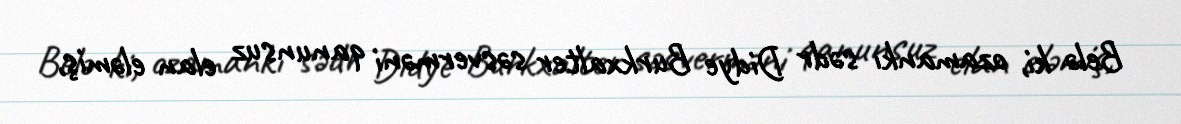
Belə ki, ozamankı sədr Didye Burkxalter səsverməni qanunsuz elan eləmiş,